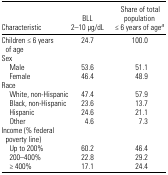
| Characteristic | BLL 2–10 μg/dL | Share of total population ≤ 6 years of agea |
 | --- | --- | --- |
 | Children ≤ 6 years of age | 24.7 | 100.0 |
 | <COLSPAN=3> Sex |
 | Male | 53.6 | 51.1 |
 | Female | 46.4 | 48.9 |
 | <COLSPAN=3> Race |
 | White, non-Hispanic | 47.4 | 57.9 |
 | Black, non-Hispanic | 23.6 | 13.7 |
 | Hispanic | 24.6 | 21.1 |
 | Other | 4.6 | 7.3 |
 | <COLSPAN=3> Income (% federal poverty line) |
 | Up to 200% | 60.2 | 46.4 |
 | 200–400% | 22.8 | 29.2 |
 | ≥ 400% | 17.1 | 24.4 |